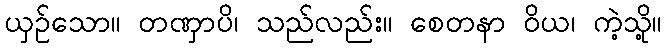
ယှဉ်သော။ တဏှာပိ၊ သည်လည်း။ စေတနာ ဝိယ၊ ကဲ့သို့။